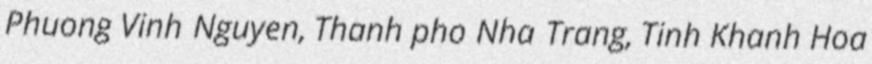
Phuong Vinh Nguyen, Thanh pho Nha Trang, Tinh Khanh Hoa